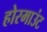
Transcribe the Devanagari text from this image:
होरमाउंट